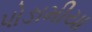
પોઙામીયા